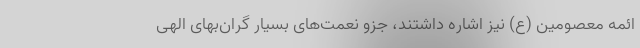
ائمه معصومین (ع) نیز اشاره داشتند، جزو نعمت‌های بسیار گران‌بهای الهی